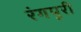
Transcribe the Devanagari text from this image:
रंगपुरी